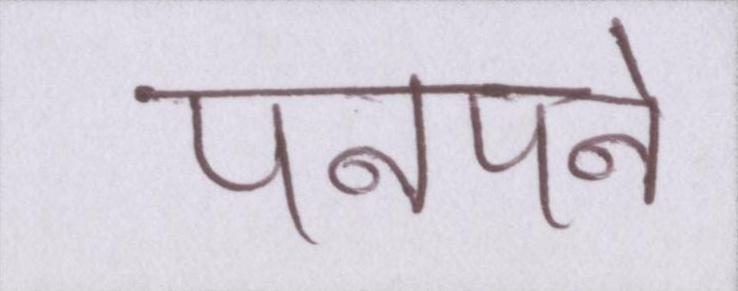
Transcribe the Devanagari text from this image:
पनपने